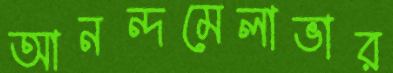
আনন্দমেলাভার